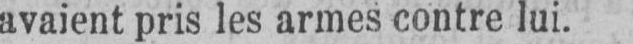
avaient pris les armes contre lui.